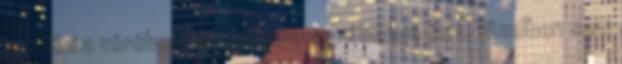
merülni a vérében, meghemperegni benne és a közelben sem